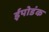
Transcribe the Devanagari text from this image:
ईपोडंक